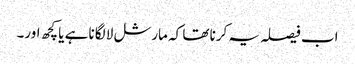
اب فیصلہ یہ کرنا تھا کہ مارشل لا لگانا ہے یا کچھ اور۔